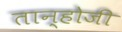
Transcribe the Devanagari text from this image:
तान्होजी